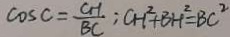
\cos C = \frac { G H } { B C } C H ^ { 2 } + B H ^ { 2 } = B C ^ { 2 }